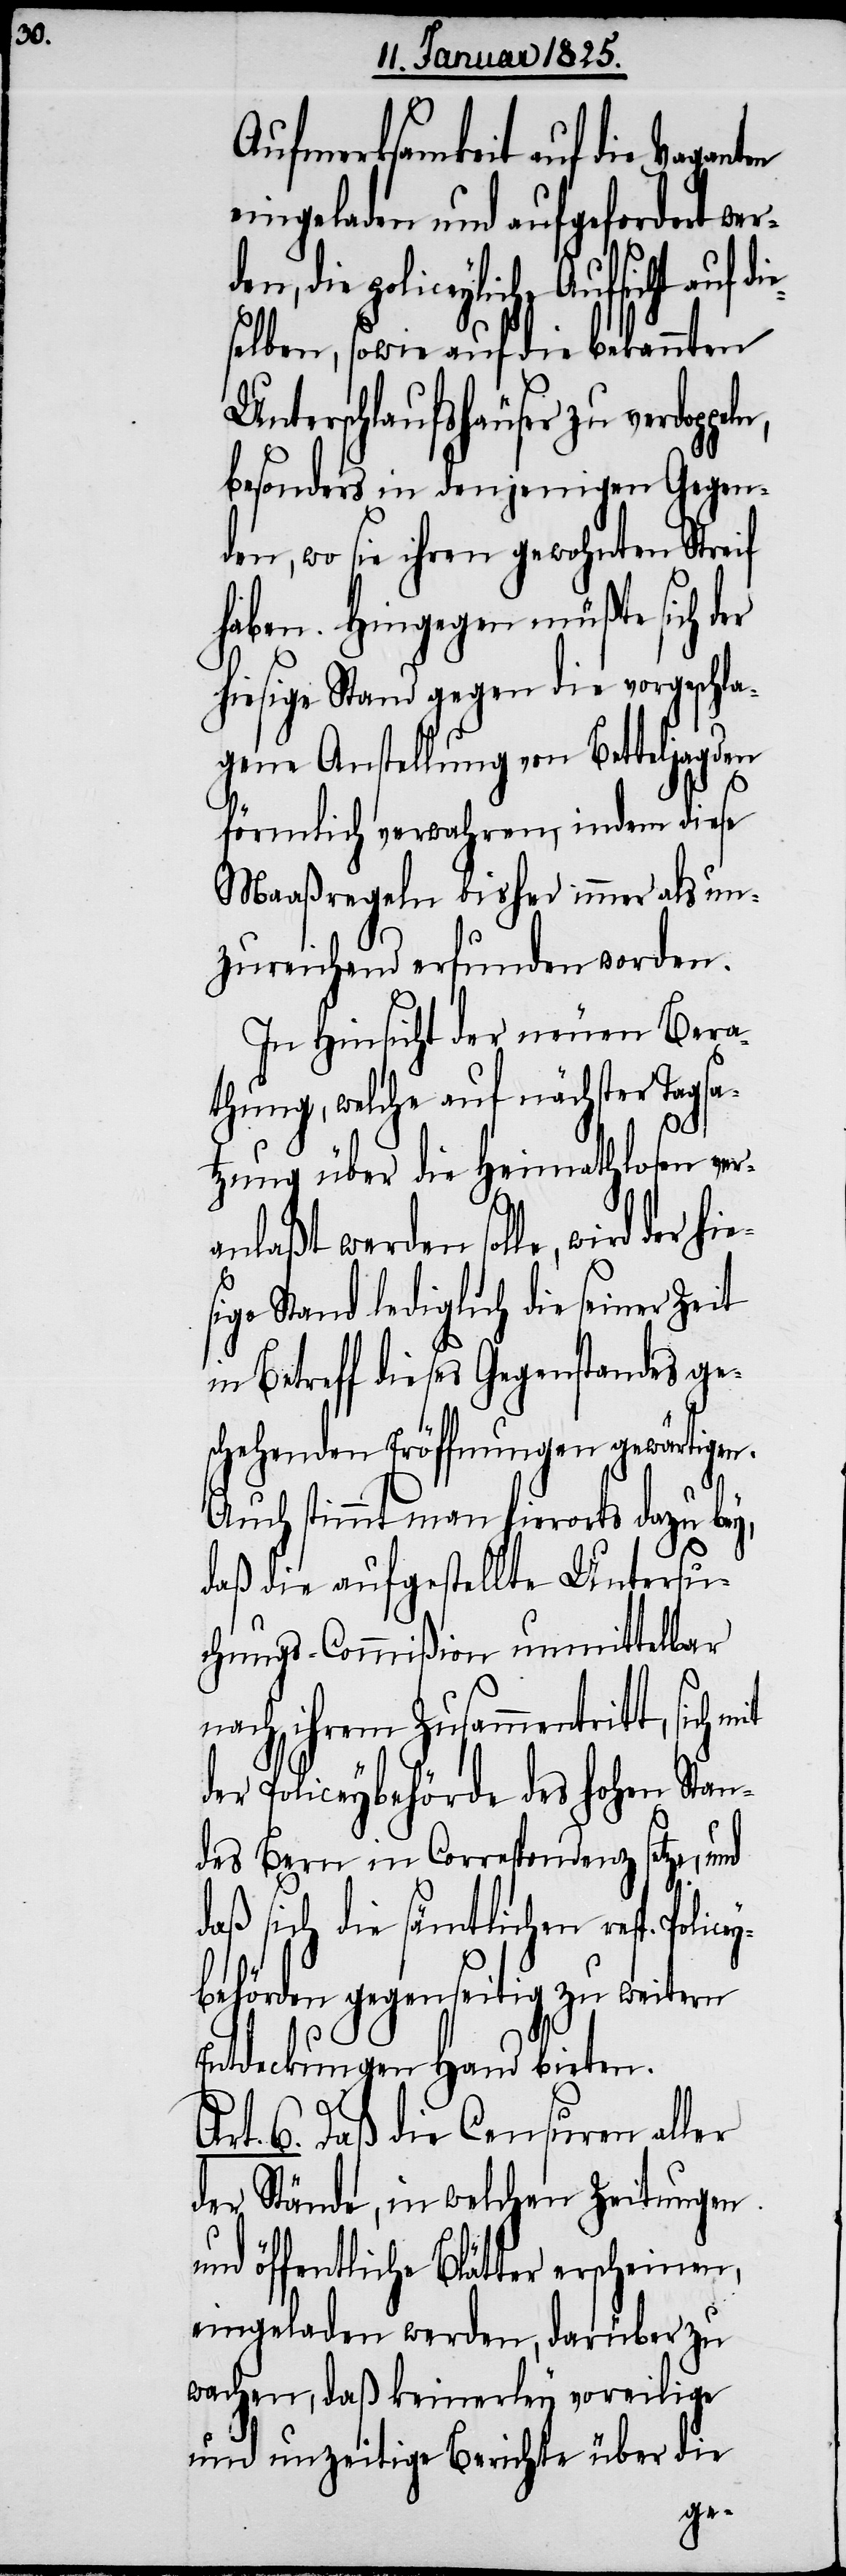
Aufmerksamkeit auf die Vagan¬
eingeladen und aufgefordert w¬
Aufsicht auf die¬
selben, sowie auf die bekannten
Unterschlaufshäuser zu verdop¬
besonders in denjenigen Gegend¬
en, wo sie ihren gewohnten Streif
haben. Hingegen müßte sich d¬
hiesige Stand gegen die vorgeschla¬
gene Anstellung von Betteljagden
förmlich verwahren, indem diese
Maaßregeln bisher immer als un¬
zureichend erfunden worden.
In Hinsicht der neuen Bera¬
thung, welche auf nächster Tagsa¬
peln,
tzung über die Heimathlosen ver¬
anlaßt werden solle, wird
ige Stand lediglich die seiner Zeit
Betreff dieses Gegenstandes ge¬
schehenden Eröffnungen gewärtigen.
Auch stimmt man hierorts dazu bey,
daß die aufgestellte Untersu¬
chungs-Commißion unmittelbar
nach ihrem Zusammentritt, sich
der Policeybehörde des hohen Stan¬
des Bern in Correspondenz setze, und
daß sich die sämtlichen resp. Polic¬
behörden gegenseitig zu weitern
Entdeckungen Hand bieten.
Art. 6. Daß die Censuren aller
der Stände, in welchen Zeitungen
und öffentliche Blätter erscheinen,
eingeladen werden, darüber zu
wachen, daß keinerley voreilige
und unzeitige Berichte über d¬
ie